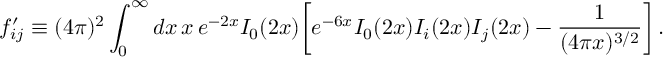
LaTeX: f _ { i j } ^ { \prime } \equiv ( 4 \pi ) ^ { 2 } \int _ { 0 } ^ { \infty } d x \, x \, e ^ { - 2 x } I _ { 0 } ( 2 x ) \biggl [ e ^ { - 6 x } I _ { 0 } ( 2 x ) I _ { i } ( 2 x ) I _ { j } ( 2 x ) - { \frac { 1 } { ( 4 \pi x ) ^ { 3 / 2 } } } \biggr ] \, .